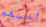
أحبهم